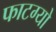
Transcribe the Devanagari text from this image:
फाटग्यो